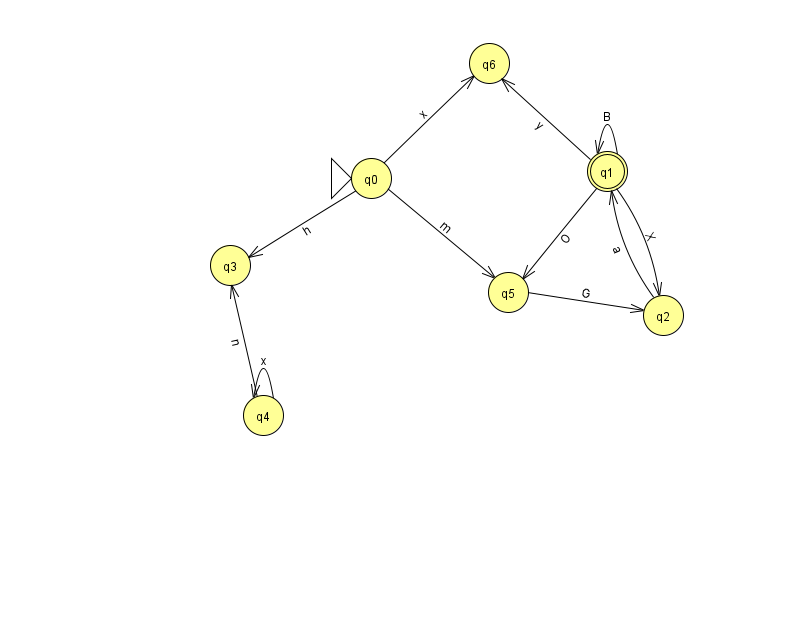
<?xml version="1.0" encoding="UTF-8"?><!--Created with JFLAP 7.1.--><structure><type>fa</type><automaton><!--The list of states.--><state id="0" name="q0"><x>371.0</x><y>165.0</y><initial/></state><state id="1" name="q1"><x>607.0</x><y>158.0</y><final/></state><state id="2" name="q2"><x>663.0</x><y>302.0</y></state><state id="3" name="q3"><x>230.0</x><y>252.0</y></state><state id="4" name="q4"><x>263.0</x><y>402.0</y></state><state id="5" name="q5"><x>508.0</x><y>279.0</y></state><state id="6" name="q6"><x>489.0</x><y>50.0</y></state><!--The list of transitions.--><transition><from>1</from><to>1</to><read>B</read></transition><transition><from>2</from><to>1</to><read>a</read></transition><transition><from>0</from><to>5</to><read>m</read></transition><transition><from>1</from><to>6</to><read>y</read></transition><transition><from>5</from><to>2</to><read>G</read></transition><transition><from>1</from><to>5</to><read>O</read></transition><transition><from>4</from><to>4</to><read>x</read></transition><transition><from>0</from><to>3</to><read>h</read></transition><transition><from>0</from><to>6</to><read>x</read></transition><transition><from>1</from><to>2</to><read>X</read></transition><transition><from>4</from><to>3</to><read>n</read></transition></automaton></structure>